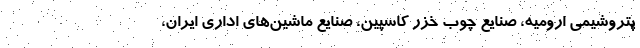
پتروشیمی ارومیه، صنایع چوب خزر کاسپین، صنایع ماشین‌های اداری ایران،